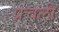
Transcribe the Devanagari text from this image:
प्रचली